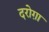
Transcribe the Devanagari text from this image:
दरोग़ा